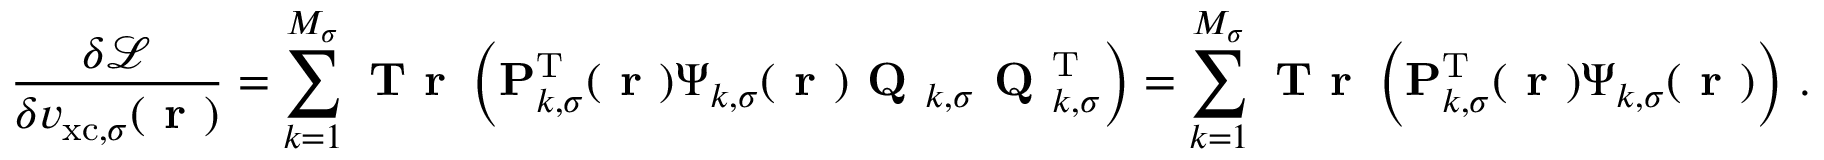
\frac { \delta \mathcal { L } } { \delta v _ { \mathrm { x c } , \sigma } ( \boldsymbol { \textbf { r } } ) } = \sum _ { k = 1 } ^ { M _ { \sigma } } \textbf { T r } \left( \mathbf { P } _ { k , \sigma } ^ { \mathrm { T } } ( \boldsymbol { \textbf { r } } ) \boldsymbol { \Psi } _ { k , \sigma } ( \boldsymbol { \textbf { r } } ) \textbf { Q } _ { k , \sigma } \textbf { Q } _ { k , \sigma } ^ { \mathrm { T } } \right) = \sum _ { k = 1 } ^ { M _ { \sigma } } \textbf { T r } \left( \mathbf { P } _ { k , \sigma } ^ { \mathrm { T } } ( \boldsymbol { \textbf { r } } ) \boldsymbol { \Psi } _ { k , \sigma } ( \boldsymbol { \textbf { r } } ) \right) \, .